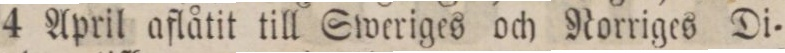
4 April aflåtit till Sweriges och Norriges Di=